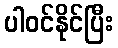
ပါဝင်နိုင်ပြီး